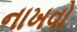
નાખવો